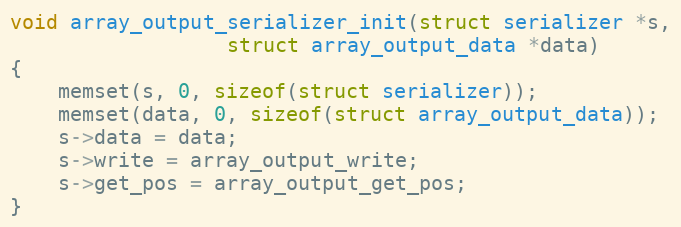
Language: C
void array_output_serializer_init(struct serializer *s,
				  struct array_output_data *data)
{
	memset(s, 0, sizeof(struct serializer));
	memset(data, 0, sizeof(struct array_output_data));
	s->data = data;
	s->write = array_output_write;
	s->get_pos = array_output_get_pos;
}